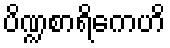
ပိဏ္ဍစာရိကေဟိ